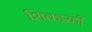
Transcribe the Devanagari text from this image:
शिकारही